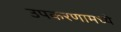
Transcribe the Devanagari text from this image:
उपकरणामध्ये